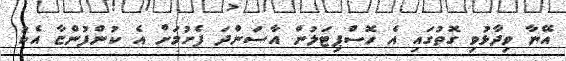
އޭނާ ވިދާޅުވި ގޮތުގައި އެ ހޮސްޕިޓަލުން އާސަންދަ ފެށުމަށް އެ ކުންފުންޏާ އެކު